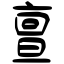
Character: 亶